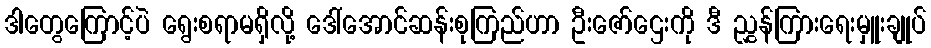
ဒါတွေကြောင့်ပဲ ရွေးစရာမရှိလို့ ဒေါ်အောင်ဆန်းစုကြည်ဟာ ဦးဇော်ဌေးကို ဒီ ညွှန်ကြားရေးမှူးချုပ်